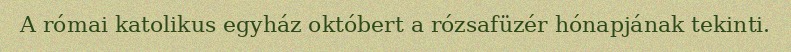
A római katolikus egyház októbert a rózsafüzér hónapjának tekinti.